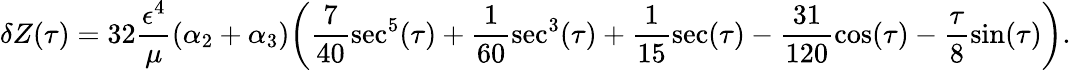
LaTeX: \delta Z(\tau)=32\frac{\epsilon^{4}}{\mu}(\alpha_{2}+\alpha_{3})\bigg(\frac{7}{40}\sec^{5}(\tau)+\frac 1{60}\sec^{3}(\tau)+\frac 1{15}\sec(\tau)-\frac{31}{120}\cos(\tau)-\frac{\tau}{8}\sin(\tau)\bigg).